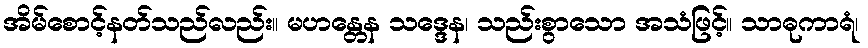
အိမ်စောင့်နတ်သည်လည်း။ မဟန္တေန သဒ္ဒေန၊ သည်းစွာသော အသံဖြင့်။ သာဓုကာရံ၊